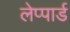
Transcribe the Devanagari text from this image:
लेप्पार्ड